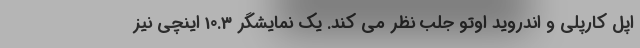
اپل کارپلی و اندروید اوتو جلب نظر می کند. یک نمایشگر 10.3 اینچی نیز